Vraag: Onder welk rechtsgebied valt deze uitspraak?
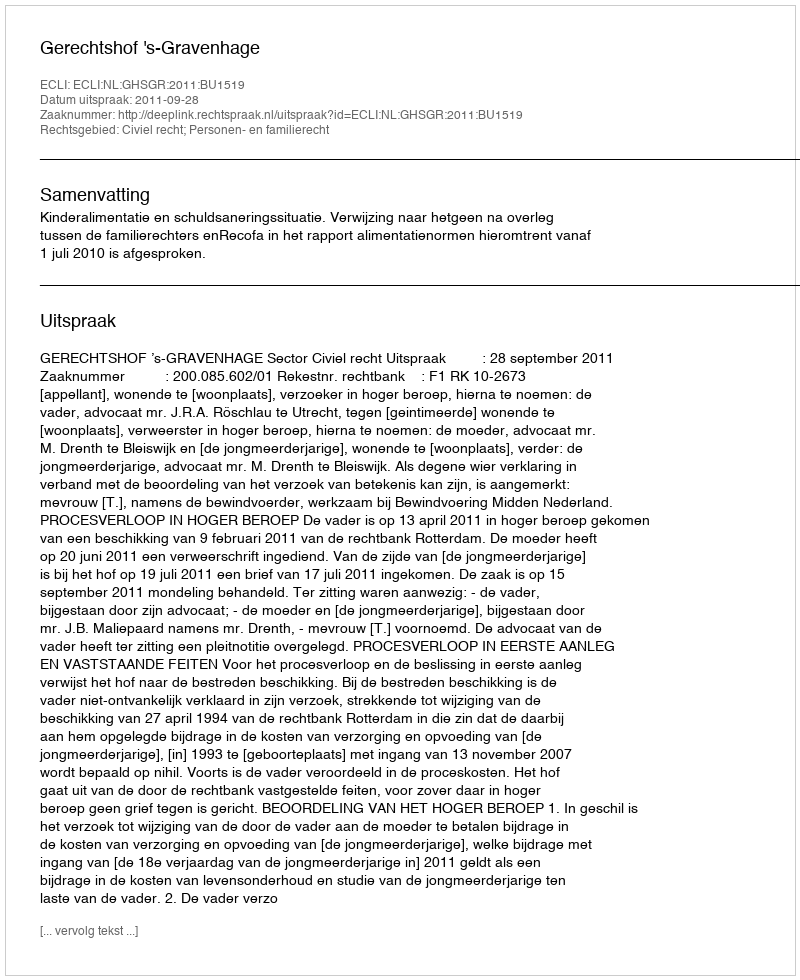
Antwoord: Civiel recht; Personen- en familierecht